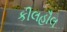
કીલહૌલ